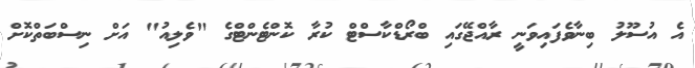
އެ އުސޫލު ބިނާވެފައިވަނީ ރާއްޖޭގައި ބްރޯޑްކާސްޓް ކުރާ ކޮންޓެންޓްގެ "ވެލިއު" އަށް ނިސްބަތްކޮށް